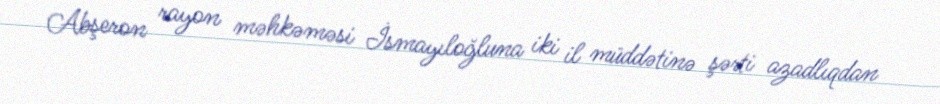
Abşeron rayon məhkəməsi İsmayıloğluna iki il müddətinə şərti azadlıqdan